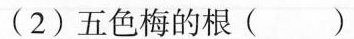
(2)五色梅的根( )